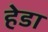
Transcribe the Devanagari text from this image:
हेडा